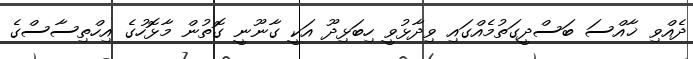
ދެއްވި ޚާއްސަ ބަސްދީގަތުމެއްގައި ވިދާޅުވީ ހިބަޅިދޫ އަކީ ގާނޫނީ ގޮތުން މާޅޮހުގެ އިހްތިސާސްގެ